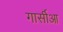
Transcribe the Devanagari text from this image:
गार्सीआ